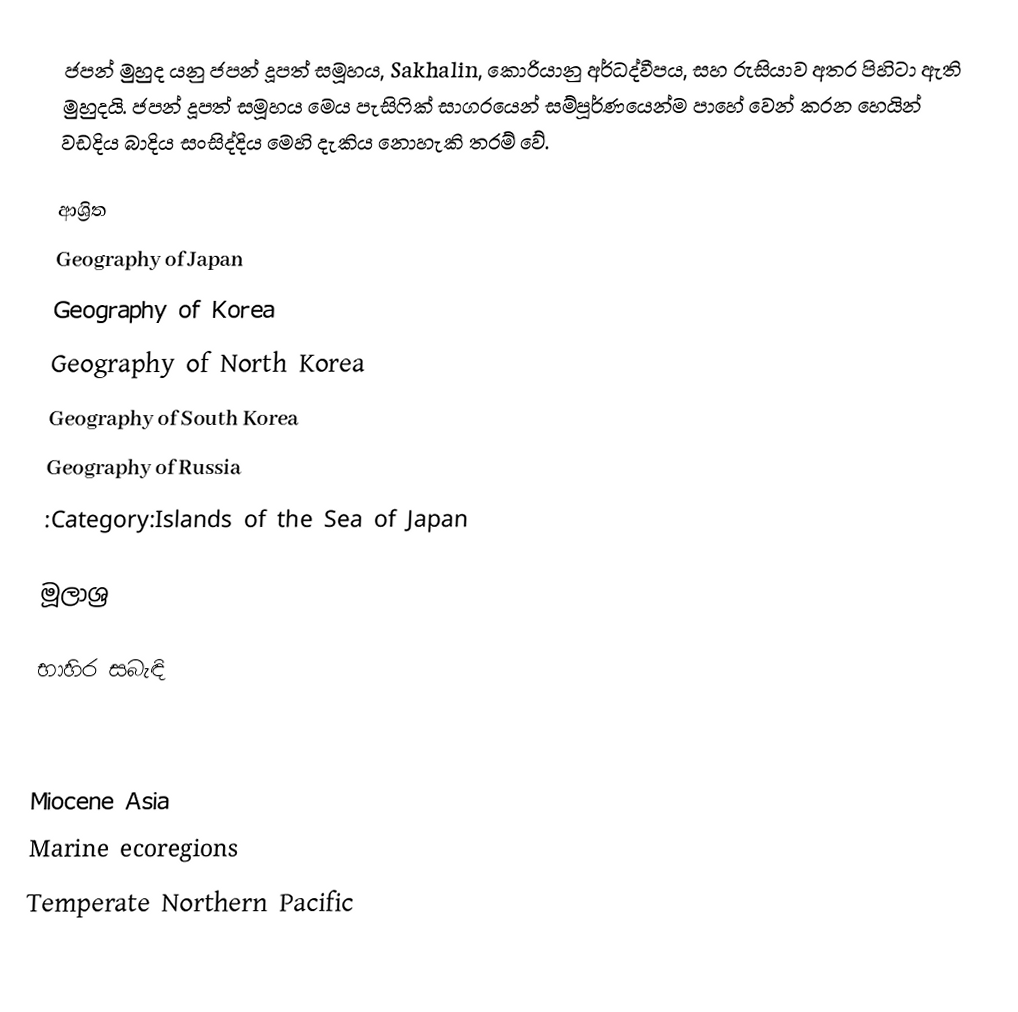
ජපන් මුහුද යනු ජපන් දූපත් සමූහය, Sakhalin, කොරියානු අර්ධද්වීපය, සහ රුසියාව අතර පිහිටා ඇති මුහුදයි. ජපන් දූපත් සමූහය මෙය පැසිෆික් සාගරයෙන් සම්පූර්ණයෙන්ම පාහේ වෙන් කරන හෙයින් වඩදිය බාදිය සංසිද්දිය මෙහි දැකිය නොහැකි තරම් වේ.

ආශ්‍රිත
 Geography of Japan
 Geography of Korea
 Geography of North Korea
 Geography of South Korea
 Geography of Russia
 :Category:Islands of the Sea of Japan

මූලාශ්‍ර

භාහිර සබැඳි

Miocene Asia
Marine ecoregions
Temperate Northern Pacific